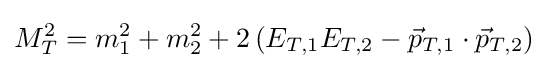
M_{T}^{2}=m_{1}^{2}+m_{2}^{2}+2\left(E_{T,1}E_{T,2}-{\vec {p}}_{T,1}\cdot {\vec {p}}_{T,2}\right)